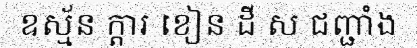
ឧស្ម័ន ក្តារ ខៀន ដី ស ជញ្ជាំង